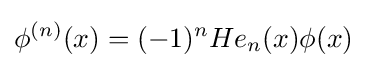
\phi ^{(n)}(x)=(-1)^{n}He_{n}(x)\phi (x)